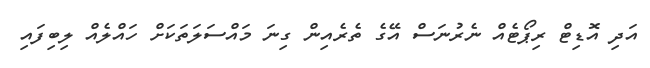
އަދި އޮޑިޓް ރިޕޯޓެއް ނެރުނަސް އޭގެ ތެރެއިން ގިނަ މައްސަލަތަކަށް ހައްލެއް ލިބިފައި